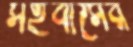
সহবাসের